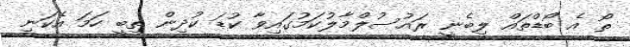
ތޯ އެ ބޯޑްތައް ލިބެނީ ރައުސުލްމާލުކަމުގައިވާ ކުޑަ ކުދިން ތިބީ ހަމަ އެކަނި